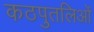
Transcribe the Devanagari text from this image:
कठपुतलिओं